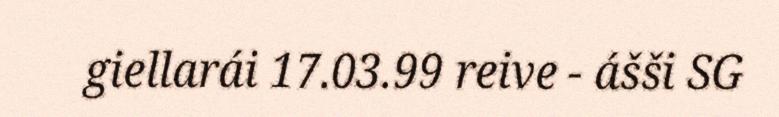
giellarái 17.03.99 reive - ášši SG